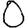
Digit: 0